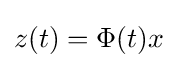
z(t)=\Phi (t)x